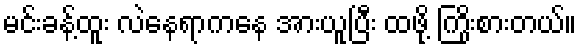
မင်းခန့်ထူး လဲနေရာကနေ အားယူပြီး ထဖို့ ကြိုးစားတယ်။